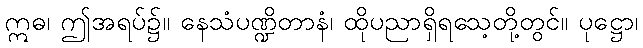
ဣဓ၊ ဤအရပ်၌။ နေသံပဏ္ဍိတာနံ၊ ထိုပညာရှိရသေ့တို့တွင်။ ပုဋ္ဌော၊